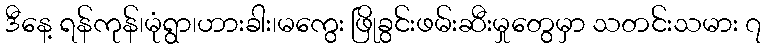
ဒီနေ့ ရန်ကုန်၊မုံရွာ၊ဟားခါး၊မကွေး ဖြိုခွင်းဖမ်းဆီးမှုတွေမှာ သတင်းသမား ၇